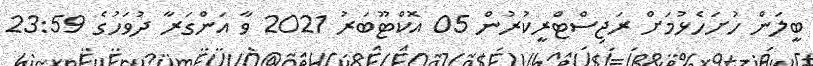
ބީލަން ހުށަހެޅުމަށް ރަޖިސްޓްރީކުރުން 05 އޮކްޓޫބަރު 2021 ވާ އަންގަރާ ދުވަހުގެ 23:59